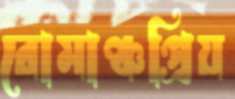
রোমাঞ্চপ্রিয়